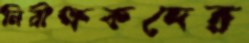
নিরীক্ষকদের